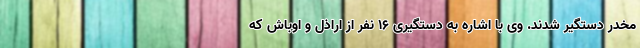
مخدر دستگیر شدند. وی با اشاره به دستگیری ۱۶ نفر از اراذل و اوباش که